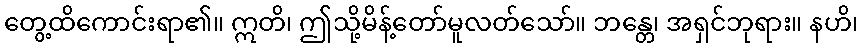
တွေ့ထိကောင်းရာ၏။ ဣတိ၊ ဤသို့မိန့်တော်မူလတ်သော်။ ဘန္တေ၊ အရှင်ဘုရား။ နဟိ၊